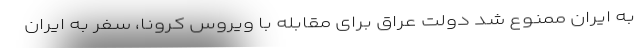
به ایران ممنوع شد دولت عراق برای مقابله با ویروس کرونا، سفر به ایران